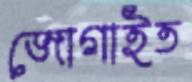
জোগাইত